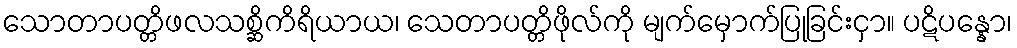
သောတာပတ္တိဖလသစ္ဆိကိရိယာယ၊ သေတာပတ္တိဖိုလ်ကို မျက်မှောက်ပြုခြင်းငှာ။ ပဋိပန္နော၊